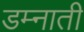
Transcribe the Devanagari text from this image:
डम्नाती